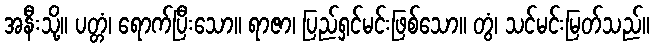
အနီးသို့။ ပတ္တံ၊ ရောက်ပြီးသော။ ရာဇာ၊ ပြည်ရှင်မင်းဖြစ်သော။ တွံ၊ သင်မင်းမြတ်သည်။